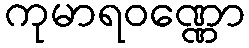
ကုမာရဝဏ္ဏော